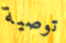
توصية